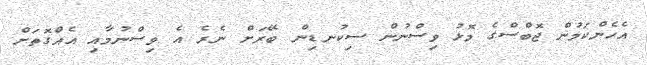
އެހެންކަމުން ޖޮބްސްގެ މޮޅު ވިސްނުން ސިކުނޑިން ބޭރަށް ނެރެ އެ ވިސްނުމާއި އެއްގޮތަށް